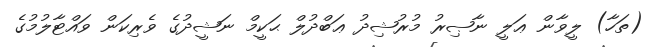
(ތަހާ) ލީވާން ޢަލީ ނާޞިރު މުރުޝިދު ޢަބްދުލް ޙަކީމް ނަޝީދުގެ ވެރިކަން ވައްޓާލުމުގެ